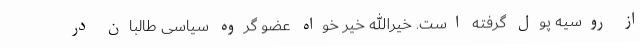
از روسیه پول گرفته است. خیرالله خیر خواه عضو گروه سیاسی طالبان در